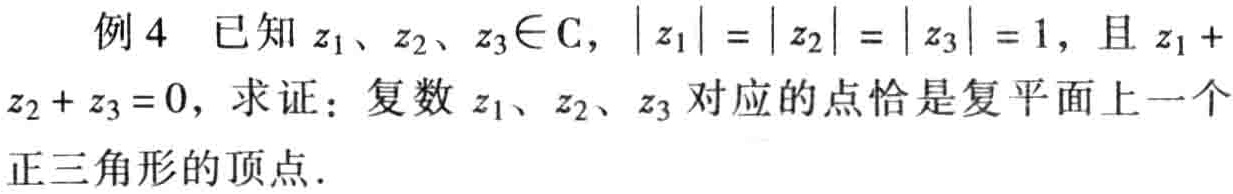
例4 已知\(z_1\)、\(z_2\)、\(z_3\in\mathrm{C}\)，\(\vert z_1\vert = \vert z_2\vert = \vert z_3\vert = 1\)，且\(z_1 + z_2 + z_3 = 0\)，求证：复数\(z_1\)、\(z_2\)、\(z_3\)对应的点恰是复平面上一个正三角形的顶点.